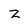
Character: z